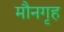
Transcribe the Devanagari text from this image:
मौनगृह